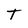
Character: T